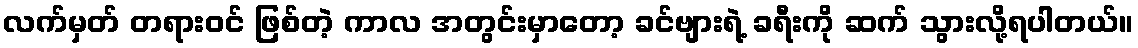
လက်မှတ် တရားဝင် ဖြစ်တဲ့ ကာလ အတွင်းမှာတော့ ခင်ဗျားရဲ့ ခရီးကို ဆက် သွားလို့ရပါတယ်။